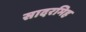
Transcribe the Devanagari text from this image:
सादरमिह